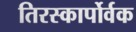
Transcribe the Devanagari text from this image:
तिरस्कार्पोर्वक